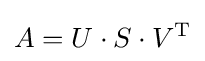
A=U\cdot S\cdot V^{\mathrm {T} }